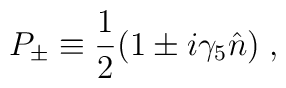
P_{\pm} \equiv {1\over 2}(1 \pm i \gamma_{5} \hat{n}) \; ,